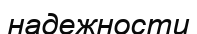
надежности